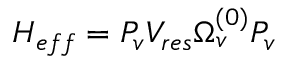
H _ { e f f } = P _ { v } V _ { r e s } \Omega _ { v } ^ { ( 0 ) } P _ { v }